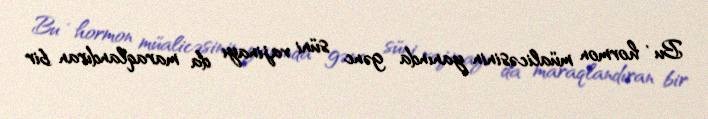
Bu , hormon müalicəsinin yanında gənc süni vajinayı da maraqlandıran bir